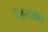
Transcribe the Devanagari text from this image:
तळमळच